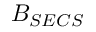
B _ { S E C S }